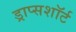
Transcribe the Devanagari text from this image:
ड्राप्सशॉर्ट